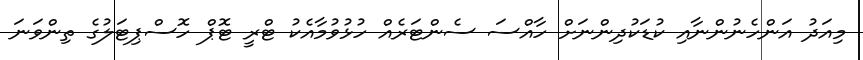
މިއަދު އަންހެނުންނާއި ކުޑަކުދިންނަށް ހާއްސަ ސެންޓަރެއް ހުޅުވުމާއެކު ޓްރީ ޓޮޕް ހޮސްޕިޓަލުގެ ތިންވަނަ